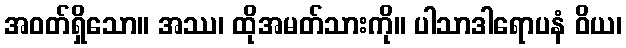
အဝတ်ရှိသော။ အဿ၊ ထိုအမတ်သားကို။ ပါသာဒါရောပနံ ဝိယ၊